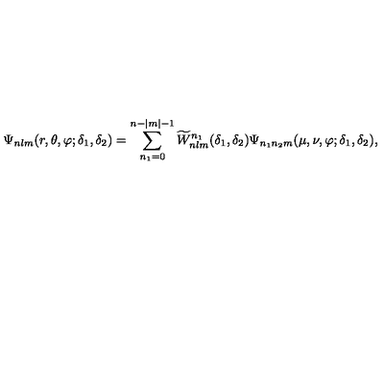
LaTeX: \Psi _ { n l m } ( r , \theta , \varphi ; \delta _ { 1 } , \delta _ { 2 } ) = \sum _ { n _ { 1 } = 0 } ^ { n - | m | - 1 } \widetilde W _ { n l m } ^ { n _ { 1 } } ( \delta _ { 1 } , \delta _ { 2 } ) \Psi _ { n _ { 1 } n _ { 2 } m } ( \mu , \nu , \varphi ; \delta _ { 1 } , \delta _ { 2 } ) ,